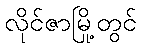
လိုင်ဇာမြို့တွင်